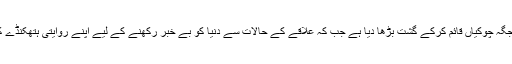
ی چنار کو ’فوجی چھاؤنی‘ میں تبدیل کردیا ہے اور جگہ جگہ چوکیاں قائم کرکے گشت بڑھا دیا ہے جب کہ علاقے کے حالات سے دنیا کو بے خبر رکھنے کے لیے اپنے روایتی ہتھکنڈے کے طور پر انٹرنیٹ اور موبائل سروسز معطل کردی ہیں۔